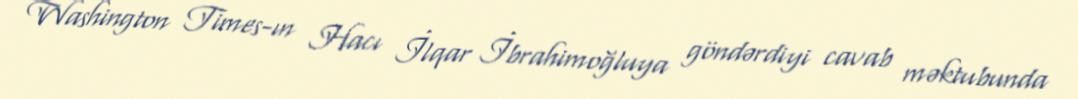
Washington Times-ın Hacı İlqar İbrahimoğluya göndərdiyi cavab məktubunda